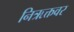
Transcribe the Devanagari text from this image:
निऋक्तवर